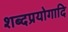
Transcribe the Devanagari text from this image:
शब्दप्रयोगादि